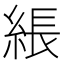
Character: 𦁢